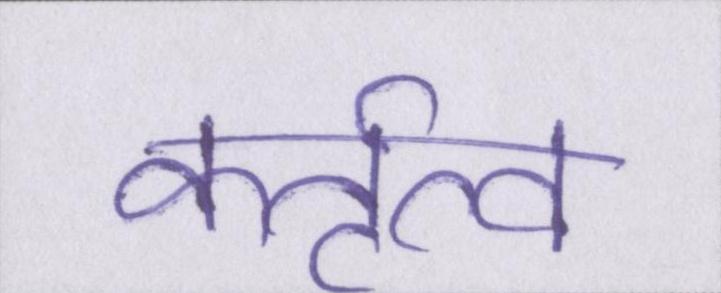
कर्तृत्व